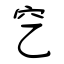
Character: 穵